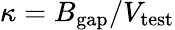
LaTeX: \kappa=B_{\mathrm{gap}}/V_{\mathrm{test}}